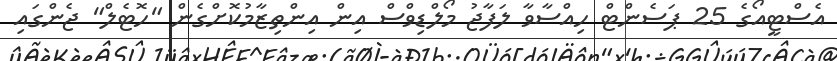
އެސްޓީއޯގެ 25 ޕަސެންޓް ހިއްސާވާ ލަފާޖު މޯލްޑިވްސް އިން އިންތިޒާމުކޮށްގެން "ހޮޓެލް" ޖެންގައި